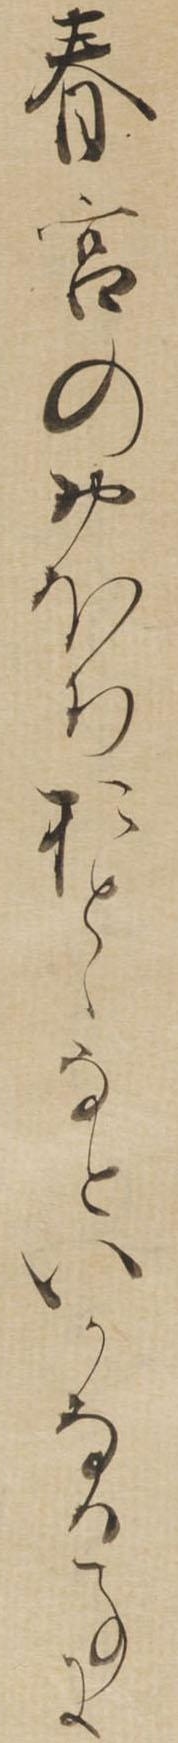
春宮のおほちおとゝなといかなる事に